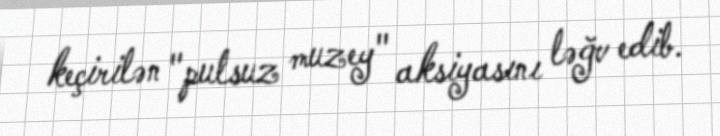
keçirilən "pulsuz muzey" aksiyasını ləğv edib.